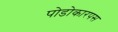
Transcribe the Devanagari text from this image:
पोडोकारपस